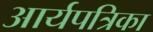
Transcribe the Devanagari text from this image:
आर्यपत्रिका